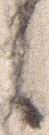
候